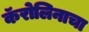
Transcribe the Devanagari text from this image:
कॅरोलिनाचा